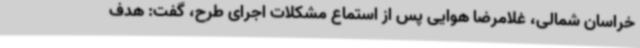
خراسان شمالی، غلامرضا هوایی پس از استماع مشکلات اجرای طرح، گفت: هدف